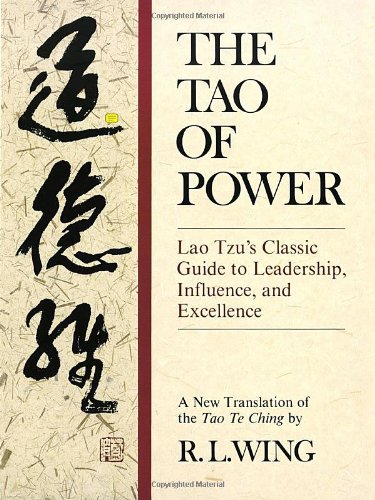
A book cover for The Tao of Power: Lao Tzu's Classic Guide to Leadership, Influence, and Excellence [A new translation of the Tao Te Ching]; R.L. Wing; Religion & Spirituality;